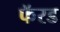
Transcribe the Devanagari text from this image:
फॅरड